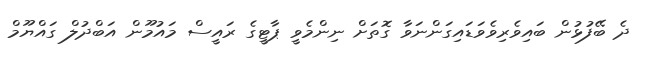
ދެ ބޭފުޅުން ބައިވެރިވެވަޑައިގަންނަވާ ގޮތަށް ނިންމެވީ ޕާޓީގެ ރައީސް މައުމޫން އަބްދުލް ގައްޔޫމް